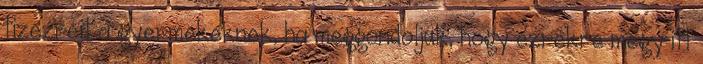
tizezreit a gyermekeknek, ha meggondoljuk, hogy ezrekre megy itt